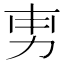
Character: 𭄡